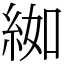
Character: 𦀌